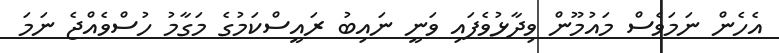
އެހެން ނަމަވެސް މައުމޫން ވިދާޅުވެފައި ވަނީ ނައިބު ރައީސްކަމުގެ މަގާމު ހުސްވެއްޖެ ނަމަ